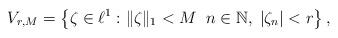
LaTeX: \begin{align*}V_{r,M}=\left\{\zeta\in\ell^1: \|\zeta\|_1<M\;\;n\in\mathbb{N},\;|\zeta_n|<r\right\},\end{align*}